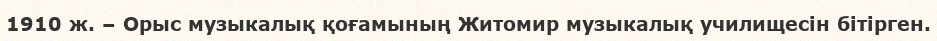
1910 ж. – Орыс музыкалық қоғамының Житомир музыкалық училищесін бітірген.